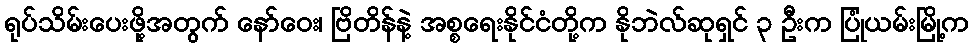
ရုပ်သိမ်းပေးဖို့အတွက် နော်ဝေး၊ ဗြိတိန်နဲ့ အစ္စရေးနိုင်ငံတို့က နိုဘဲလ်ဆုရှင် ၃ ဦးက ပြုံယမ်းမြို့က